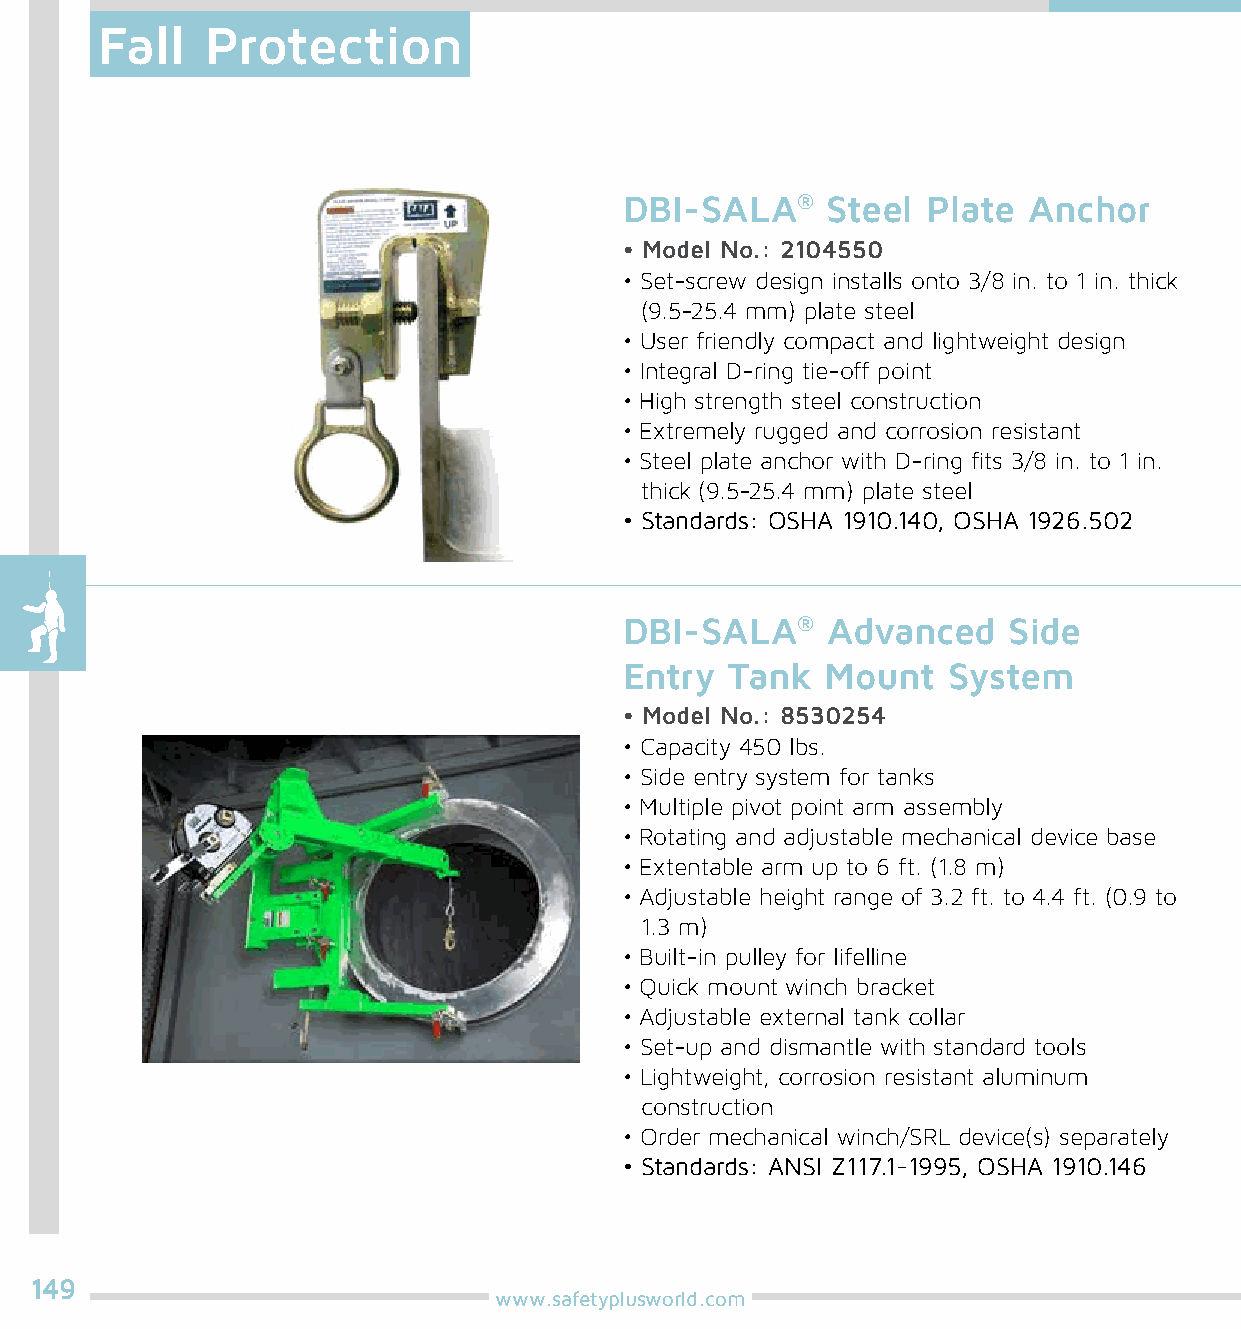
Fall    Protection
 DBI-SALA®     Steel Plate  Anchor
 • Model No.: 2104550
 • Set-screw design installs onto 3/8 in. to 1 in. thick
 (9.5-25.4 mm) plate steel
 • User friendly compact and lightweight design
 • Integral D-ring tie-off point
 • High strength steel construction
 • Extremely rugged and corrosion resistant
 • Steel plate anchor with D-ring fits 3/8 in. to 1 in.
 thick (9.5-25.4 mm) plate steel
 • Standards: OSHA 1910.140, OSHA 1926.502
 DBI-SALA®     Advanced    Side
 Entry  Tank   Mount   System
 • Model No.: 8530254
 • Capacity 450 lbs.
 • Side entry system for tanks
 • Multiple pivot point arm assembly
 • Rotating and adjustable mechanical device base
 • Extentable arm up to 6 ft. (1.8 m)
 • Adjustable height range of 3.2 ft. to 4.4 ft. (0.9 to
 1.3 m)
 • Built-in pulley for lifelline
 • Quick mount winch bracket
 • Adjustable external tank collar
 • Set-up and dismantle with standard tools
 • Lightweight, corrosion resistant aluminum
 construction
 • Order mechanical winch/SRL device(s) separately
 • Standards: ANSI Z117.1-1995, OSHA 1910.146
 149
 www.safetyplusworld.com